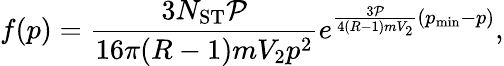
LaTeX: f(p)=\frac{3N_{\mathrm{ST}}\mathcal{P}}{16\pi(R-1)mV_{2}p^{2}}{e^{\frac{3\mathcal{P}}{4(R-1)mV_{2}}(p_{\mathrm{min}}-p)}},